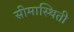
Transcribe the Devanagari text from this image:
सीमास्थिती